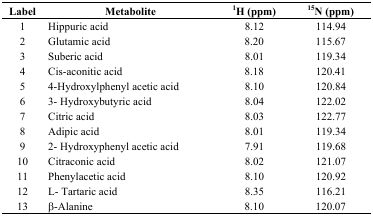
<table><thead><tr><td><b>Label</b></td><td><b>Metabolite</b></td><td><b><sup>1</sup>H (ppm)</b></td><td><b><sup>15</sup>N (ppm)</b></td></tr></thead><tbody><tr><td>1</td><td>Hippuric acid</td><td>8.12</td><td>114.94</td></tr><tr><td>2</td><td>Glutamic acid</td><td>8.20</td><td>115.67</td></tr><tr><td>3</td><td>Suberic acid</td><td>8.01</td><td>119.34</td></tr><tr><td>4</td><td>Cis-aconitic acid</td><td>8.18</td><td>120.41</td></tr><tr><td>5</td><td>4-Hydroxylphenyl acetic acid</td><td>8.10</td><td>120.84</td></tr><tr><td>6</td><td>3- Hydroxybutyric acid</td><td>8.04</td><td>122.02</td></tr><tr><td>7</td><td>Citric acid</td><td>8.03</td><td>122.77</td></tr><tr><td>8</td><td>Adipic acid</td><td>8.01</td><td>119.34</td></tr><tr><td>9</td><td>2- Hydroxyphenyl acetic acid</td><td>7.91</td><td>119.68</td></tr><tr><td>10</td><td>Citraconic acid</td><td>8.02</td><td>121.07</td></tr><tr><td>11</td><td>Phenylacetic acid</td><td>8.10</td><td>120.92</td></tr><tr><td>12</td><td>L- Tartaric acid</td><td>8.35</td><td>116.21</td></tr><tr><td>13</td><td>β-Alanine</td><td>8.10</td><td>120.07</td></tr></tbody></table>